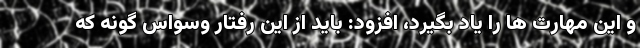
و این مهارت ها را یاد بگیرد، افزود: باید از این رفتار وسواس گونه که